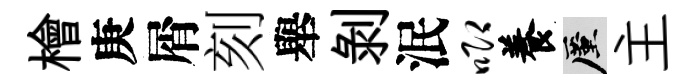
檜庚屑刻舉剝泯唧養厪主